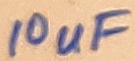
Text: 10uF